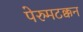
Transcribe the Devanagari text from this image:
पेरुमटक्कन